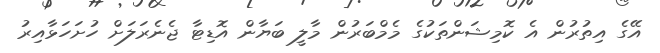
އޭގެ އިތުރުން އެ ކޮމިޝަންތަކުގެ މެމްބަރުން މާލީ ބަޔާން އޮޑިޓާ ޖެނެރަލަށް ހުށަހަޅާއިރު